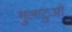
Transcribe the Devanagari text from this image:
मुलाटुओं